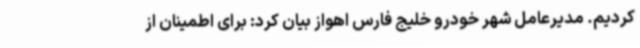
کردیم. مدیرعامل شهر خودرو خلیج فارس اهواز بیان کرد: برای اطمینان از